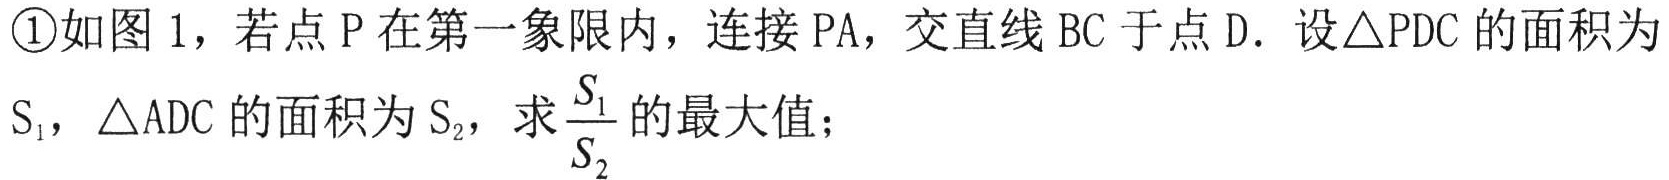
\textcircled{1}如图 1，若点 P 在第一象限内，连接 PA，交直线 BC 于点 D．设\(\triangle PDC\)的面积为\(S_{1}\)，\(\triangle ADC\)的面积为\(S_{2}\)，求\(\frac{S_{1}}{S_{2}}\)的最大值；